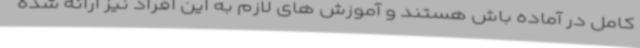
کامل در آماده باش هستند و آموزش های لازم به این افراد نیز ارائه شده